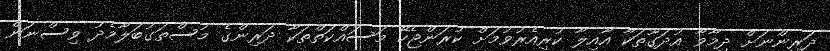
ދަރިންނަށް ދިމާވާ އުދަގޫތަކާ އާއިލާ ކުރިއެރުވުމަށް ކުރަންޖެހޭ މަސައްކަތްތަކާ ދަރިންގެ މުސްތަގުބަލާމެދު ވިސްނަން